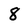
Character: 8